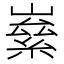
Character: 𡼊